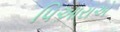
પિઆરાએ